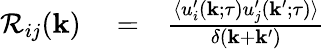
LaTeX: \begin{array}{rlr}{{\cal{R}}_{ij}({\mathbf{k}})}&{{}=}&{\frac{\langle{u_{i}^{\prime}({\mathbf{k}};\tau)u_{j}^{\prime}({\mathbf{k}}^{\prime};\tau)}\rangle}{\delta({\mathbf{k}}+{\mathbf{k}}^{\prime})}}\end{array}